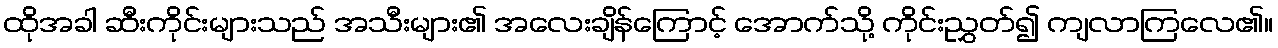
ထိုအခါ ဆီးကိုင်းများသည် အသီးများ၏ အလေးချိန်ကြောင့် အောက်သို့ ကိုင်းညွှတ်၍ ကျလာကြလေ၏။